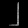
Digit: ၂